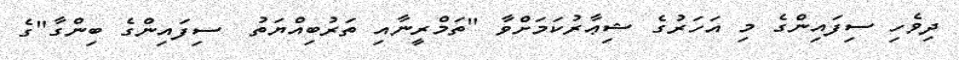
ދިވެހި ސިފައިންގެ މި އަހަރުގެ ޝިޢާރުކަމަށްވާ "ތަމްރީނާއި ތަރުބިއްޔަތު  ސިފައިންގެ ބިންގާ"ގެ